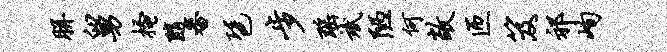
胼舅搔随番琶步瑶斌陋何敞匝笈祁峋